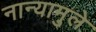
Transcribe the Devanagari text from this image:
नान्यामुले